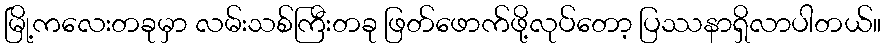
မြို့ကလေးတခုမှာ လမ်းသစ်ကြီးတခု ဖြတ်ဖောက်ဖို့လုပ်တော့ ပြဿနာရှိလာပါတယ်။